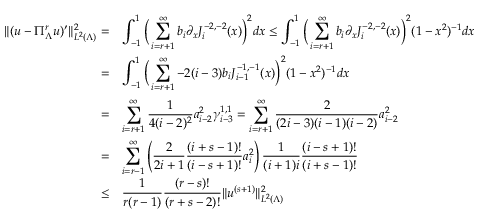
\begin{array} { r l } { \| ( u - \Pi _ { \Lambda } ^ { r } u ) ^ { \prime } \| _ { L ^ { 2 } ( \Lambda ) } ^ { 2 } = } & { \displaystyle \int _ { - 1 } ^ { 1 } \Big ( \displaystyle \sum _ { i = r + 1 } ^ { \infty } b _ { i } \partial _ { x } J _ { i } ^ { - 2 , - 2 } ( x ) \Big ) ^ { 2 } d x \le \displaystyle \int _ { - 1 } ^ { 1 } \Big ( \displaystyle \sum _ { i = r + 1 } ^ { \infty } b _ { i } \partial _ { x } J _ { i } ^ { - 2 , - 2 } ( x ) \Big ) ^ { 2 } ( 1 - x ^ { 2 } ) ^ { - 1 } d x } \\ { = } & { \displaystyle \int _ { - 1 } ^ { 1 } \Big ( \displaystyle \sum _ { i = r + 1 } ^ { \infty } - 2 ( i - 3 ) b _ { i } J _ { i - 1 } ^ { - 1 , - 1 } ( x ) \Big ) ^ { 2 } ( 1 - x ^ { 2 } ) ^ { - 1 } d x } \\ { = } & { \displaystyle \sum _ { i = r + 1 } ^ { \infty } \displaystyle \frac { 1 } { 4 ( i - 2 ) ^ { 2 } } a _ { i - 2 } ^ { 2 } \gamma _ { i - 3 } ^ { 1 , 1 } = \displaystyle \sum _ { i = r + 1 } ^ { \infty } \displaystyle \frac { 2 } { ( 2 i - 3 ) ( i - 1 ) ( i - 2 ) } a _ { i - 2 } ^ { 2 } } \\ { = } & { \displaystyle \sum _ { i = r - 1 } ^ { \infty } \left( \displaystyle \frac { 2 } { 2 i + 1 } \displaystyle \frac { ( i + s - 1 ) ! } { ( i - s + 1 ) ! } a _ { i } ^ { 2 } \right) \displaystyle \frac { 1 } { ( i + 1 ) i } \displaystyle \frac { ( i - s + 1 ) ! } { ( i + s - 1 ) ! } } \\ { \le } & { \displaystyle \frac { 1 } { r ( r - 1 ) } \displaystyle \frac { ( r - s ) ! } { ( r + s - 2 ) ! } \| u ^ { ( s + 1 ) } \| _ { L ^ { 2 } ( \Lambda ) } ^ { 2 } } \end{array}